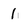
Character: 1